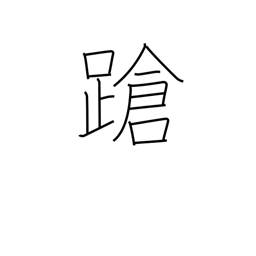
Meaning: stagger